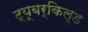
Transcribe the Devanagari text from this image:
ट्यूबर्किल्ड